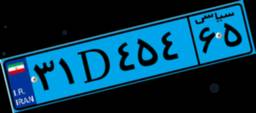
۹۱D۲۸۰۷۶